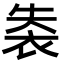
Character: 𧙍